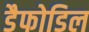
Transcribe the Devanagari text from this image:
डैफोडिल